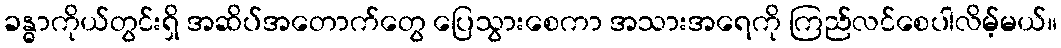
ခန္ဓာကိုယ်တွင်းရှိ အဆိပ်အတောက်တွေ ပြေသွားစေကာ အသားအရေကို ကြည်လင်စေပါလိမ့်မယ်။